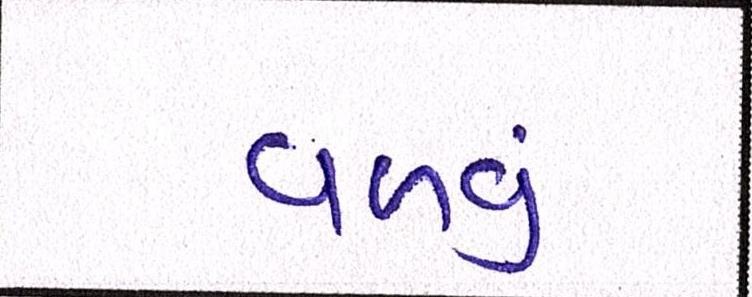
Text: વળવું